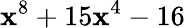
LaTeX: \mathbf{x}^{8}+15\mathbf{x}^{4}-16